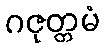
ဂဇုတ္တမံ